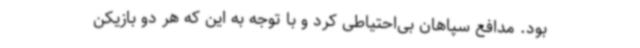
بود. مدافع سپاهان بی‌احتیاطی کرد و با توجه به این که هر دو بازیکن